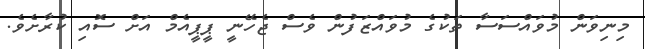
މިނިވަން މުވައްސަސާ ތަކުގެ މުވައްޒަފުން ވެސް ޖެހޭނީ ޕީޕީއެމް އަށް ސޮއި ކުރާށެވެ.